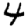
Digit: 4